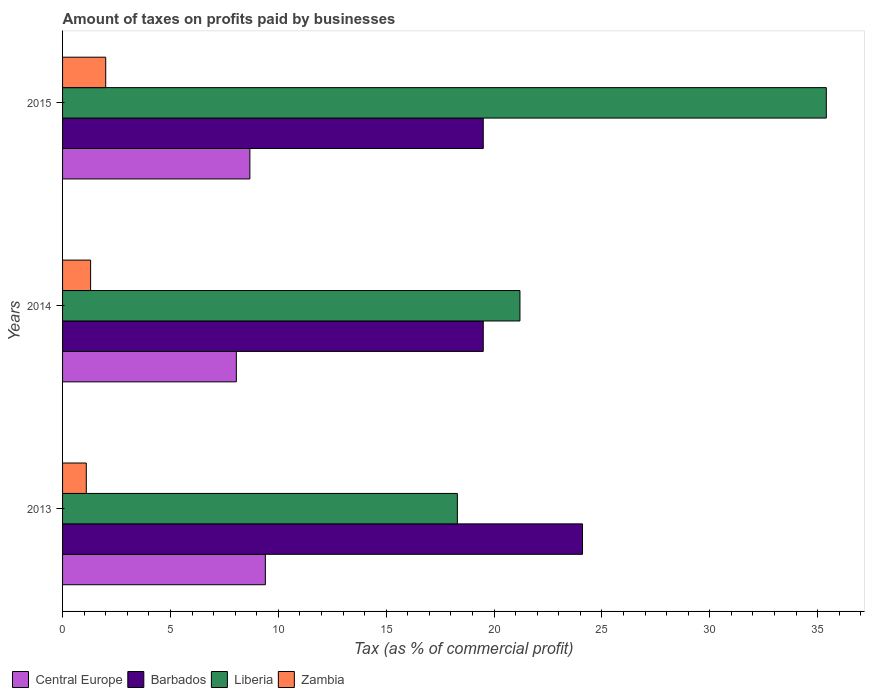
| Years | Central Europe | Barbados | Liberia | Zambia |
 | --- | --- | --- | --- | --- |
 | 2013 | 9.4 | 24.1 | 18.3 | 1.1 |
 | 2014 | 8.05 | 19.5 | 21.2 | 1.3 |
 | 2015 | 8.68 | 19.5 | 35.4 | 2 |